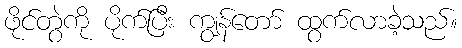
ဖိုင်တွဲကို ပိုက်ပြီး ကျွန်တော် ထွက်လာခဲ့သည်။